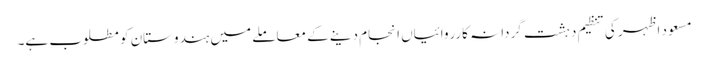
مسعود اظہر کی تنظیم دہشت گردانہ کارروائیاں انجام دینے کے معاملے میں ہندوستان کو مطلوب ہے۔